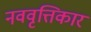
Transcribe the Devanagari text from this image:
नववृत्तिकार